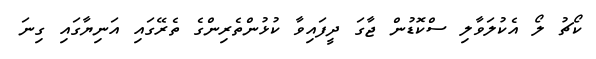
ކޯޗު ލޯ އެކުލަވާލި ސްކޮޑުން ޖާގަ ދީފައިވާ ކުޅުންތެރިންގެ ތެރޭގައި އަނިޔާގައި ގިނަ